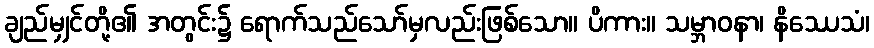
ချည်မျှင်တို့၏ အတွင်း၌ ရောက်သည်သော်မှလည်းဖြစ်သော။ ပိကား။ သမ္ဘာဝနာ၊ နိဿေသံ၊